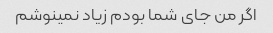
اگر من جای شما بودم زیاد نمینوشم